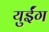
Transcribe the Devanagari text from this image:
युईंग